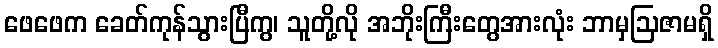
ဖေဖေက ခေတ်ကုန်သွားပြီကွ၊ သူတို့လို အဘိုးကြီးတွေအားလုံး ဘာမှဩဇာမရှိ